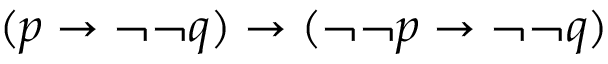
( p \to \neg \neg q ) \to ( \neg \neg p \to \neg \neg q )